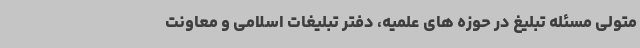
متولی مسئله تبلیغ در حوزه های علمیه، دفتر تبلیغات اسلامی و معاونت